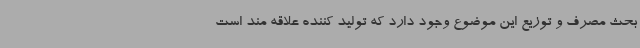
بحث مصرف و توزیع این موضوع وجود دارد که تولید کننده علاقه مند است